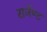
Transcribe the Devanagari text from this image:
सर्जेण्ट